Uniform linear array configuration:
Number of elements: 12
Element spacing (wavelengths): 0.75
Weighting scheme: uniform
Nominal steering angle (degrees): -30
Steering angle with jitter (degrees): -29.567
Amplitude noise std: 0.05
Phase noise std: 0.05

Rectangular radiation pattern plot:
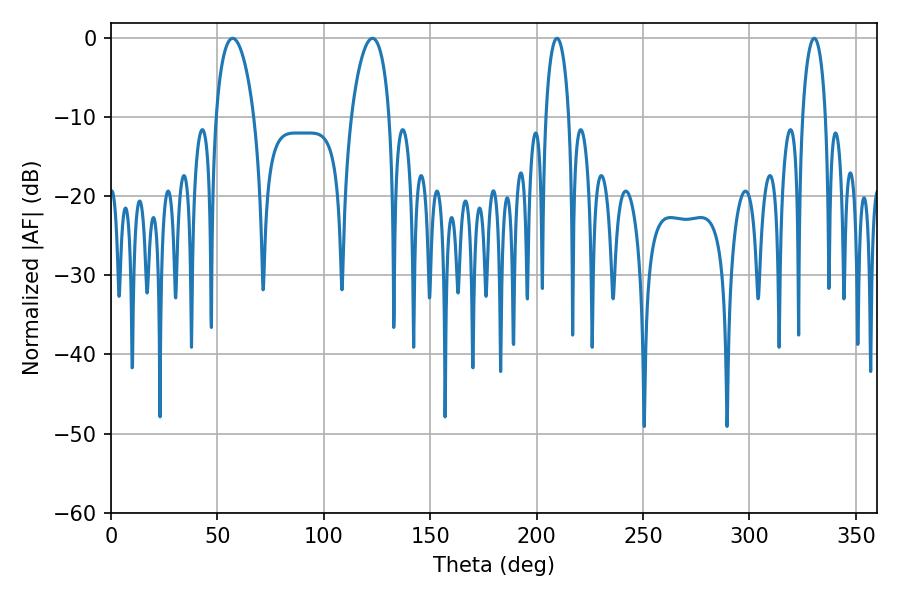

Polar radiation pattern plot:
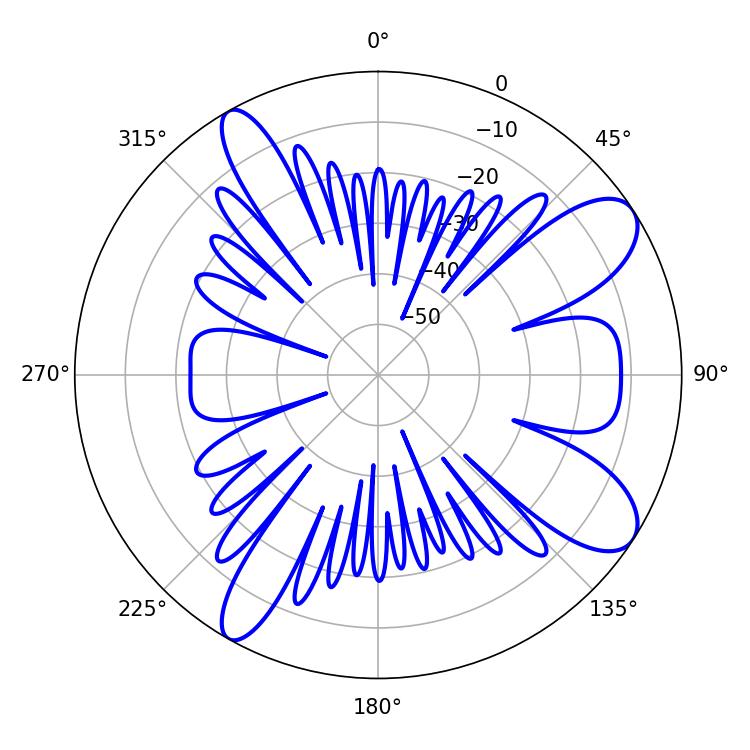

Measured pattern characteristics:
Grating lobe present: TRUE
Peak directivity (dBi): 9.527
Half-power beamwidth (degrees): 6.3
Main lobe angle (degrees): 209.52